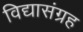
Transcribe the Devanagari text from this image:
विद्यासंग्रह